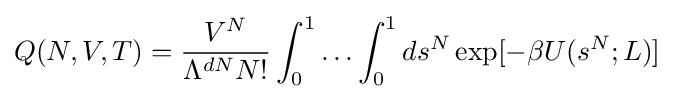
Q(N,V,T)={\frac {V^{N}}{\Lambda ^{dN}N!}}\int _{0}^{1}\ldots \int _{0}^{1}ds^{N}\exp[-\beta U(s^{N};L)]